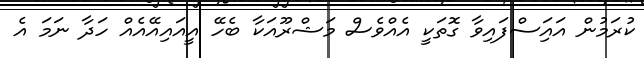
ކުރަމުން އައިަސްފައިވާ ގޮތަކީ އެއްވެސް މަޝްރޫއަކާ ބެހޭ އީއައިއޭއެއް ހަދާ ނަމަ އެ